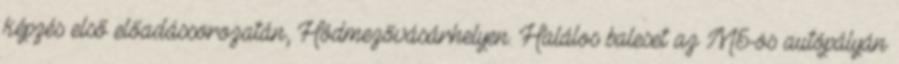
képzés első előadássorozatán, Hódmezővásárhelyen. Halálos baleset az M5-ös autópályán